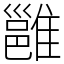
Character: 雝